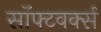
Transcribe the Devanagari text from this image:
सॉफ्टवर्क्स